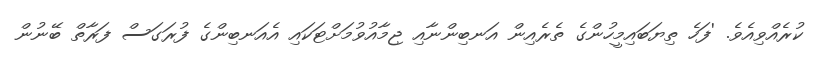
ކުރެއްވިއެވެ. 'ފަހެ ތިޔަބައިމީހުންގެ ތެރެއިން އަނބިންނާއި ޖިމާއުވުމަށްޓަކައި އެއަނބިންގެ ފުރަގަސް ފަރާތް ބޭނުން